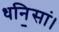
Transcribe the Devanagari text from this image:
धनि॒सां।